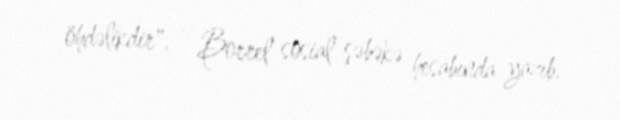
öhdəlikdir", - Borrel sosial şəbəkə hesabında yazıb.